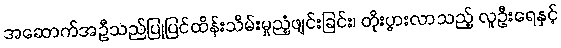
အဆောက်အဦသည်ပြုပြင်ထိန်းသိမ်းမှုညံ့ဖျင်းခြင်း၊ တိုးပွားလာသည့် လူဦးရေနှင့်